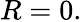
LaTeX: R=0.